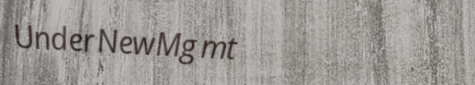
UnderNewMgmt